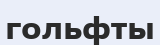
гольфты